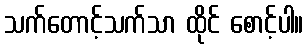
သက်တောင့်သက်သာ ထိုင် စောင့်ပါ။